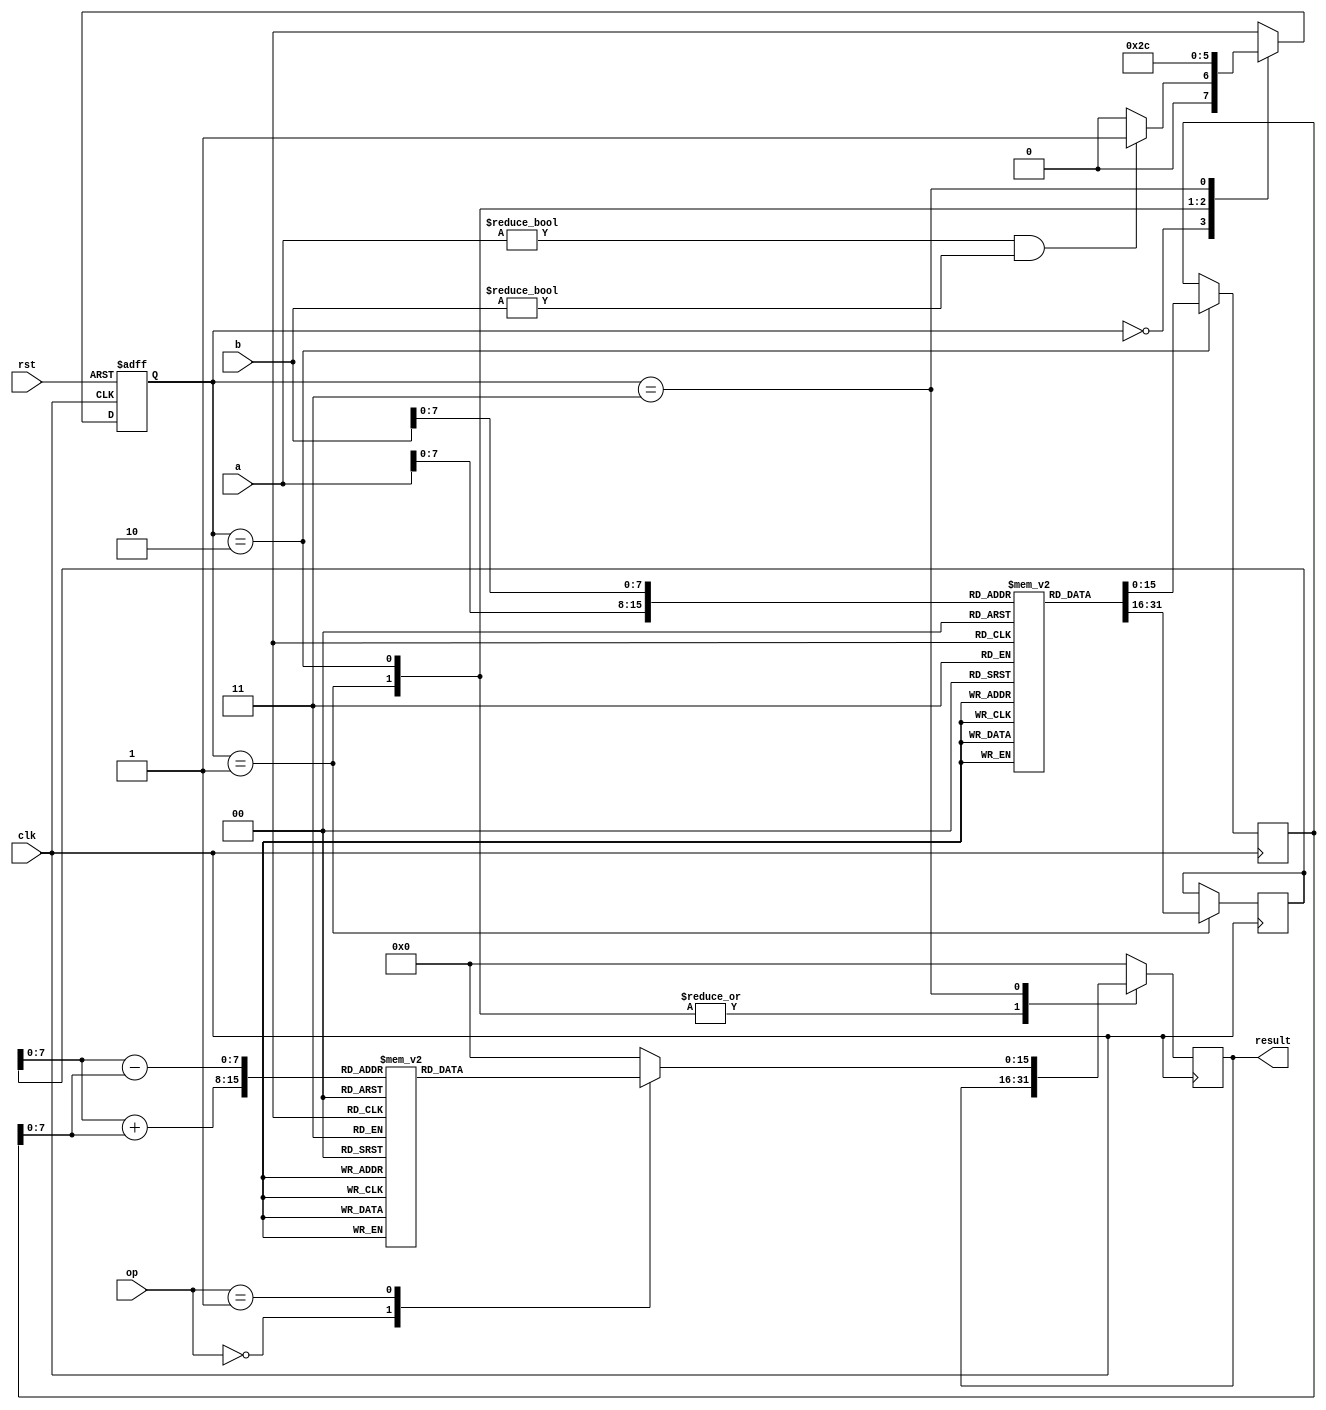
module log_dsp_unit (
    input wire clk,
    input wire rst,
    input wire [15:0] a, // Input signal A
    input wire [15:0] b, // Input signal B
    input wire [1:0] op, // Operation selector: 00 = Add, 01 = Subtract
    output reg [15:0] result // Output result
);

    // Logarithm and Exponential LUTs (example values, replace with actual)
    reg [15:0] log_lut [0:255]; // 256-entry LUT for logarithm
    reg [15:0] exp_lut [0:255]; // 256-entry LUT for exponential

    // State definitions
    localparam IDLE = 2'b00, LOG_A = 2'b01, LOG_B = 2'b10, CALC = 2'b11;
    reg [1:0] state, next_state;

    // Internal signals
    reg [15:0] log_a, log_b;

    // Initializing LUTs (example initialization, replace with actual values)
    initial begin
        // Populate log_lut and exp_lut with actual logarithm and exponential values
        // Example: log_lut[0] = 0, log_lut[1] = 0, log_lut[2] = 1, etc.
        // Example: exp_lut[0] = 1, exp_lut[1] = 2, exp_lut[2] = 4, etc.
    end

    // State machine for controlling operations
    always @(posedge clk or posedge rst) begin
        if (rst) begin
            state <= IDLE;
        end else begin
            state <= next_state;
        end
    end

    // Next state logic
    always @(*) begin
        case (state)
            IDLE: next_state = (a != 0 && b != 0) ? LOG_A : IDLE;
            LOG_A: next_state = LOG_B;
            LOG_B: next_state = CALC;
            CALC: next_state = IDLE;
            default: next_state = IDLE;
        endcase
    end

    // Output logic and calculations
    always @(posedge clk) begin
        case (state)
            LOG_A: log_a <= log_lut[a[7:0]]; // Assuming a is 8 bits for LUT indexing
            LOG_B: log_b <= log_lut[b[7:0]]; // Assuming b is 8 bits for LUT indexing
            CALC: begin
                case (op)
                    2'b00: result <= exp_lut[log_a + log_b]; // Multiplication
                    2'b01: result <= exp_lut[log_a - log_b]; // Division
                    default: result <= 16'b0; // Default case
                endcase
            end
            default: result <= 16'b0; // Default case
        endcase
    end
endmodule